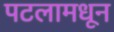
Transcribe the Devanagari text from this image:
पटलामधून